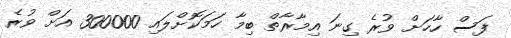
ފަސް ހާހަށް ވުރެ ގިނަ އިމާރާތް ބިމާ ހަމަކޮށްލައި 300000 އަށް ވުރެ